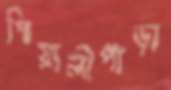
পিয়ালীপাড়া